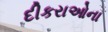
દીકરાઓના